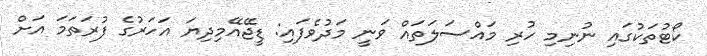
ކޯޓުތަކުގައި ނުނިމި ހުރި މައްސަލަތައް ވަނީ މަދުވެފައި: ޑީޖޭއޭމިދިޔަ އަހަރުގެ ފުރަތަަމަ އަށް